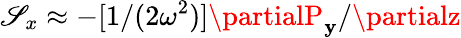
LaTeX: \mathscr{S}_{x}\approx-[1/(2\omega^{2})]\partialP_{\mathbf{y}}/\partialz